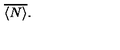
\: \overline { { \langle N \rangle } } . \: